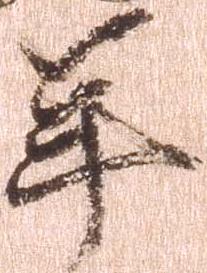
年